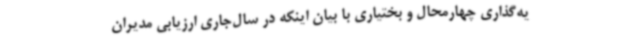
یه‌گذاری چهارمحال و بختیاری با بیان اینکه در سال‌جاری ارزیابی مدیران